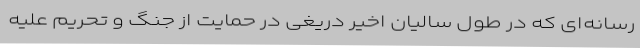
رسانه‌ای که در طول سالیان اخیر دریغی در حمایت از جنگ و تحریم علیه